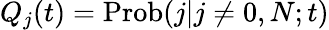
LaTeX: Q_{j}(t)=\mathrm{Prob}(j|j\neq 0,N;t)